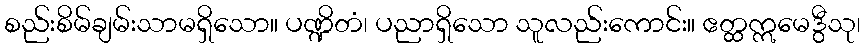
စည်းစိမ်ချမ်းသာမရှိသော။ ပဏ္ဍိတံ၊ ပညာရှိသော သူလည်းကောင်း။ ဧတ္ထဣမေဒွီသု၊